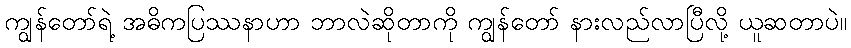
ကျွန်တော်ရဲ့ အဓိကပြဿနာဟာ ဘာလဲဆိုတာကို ကျွန်တော် နားလည်လာပြီလို့ ယူဆတာပဲ။